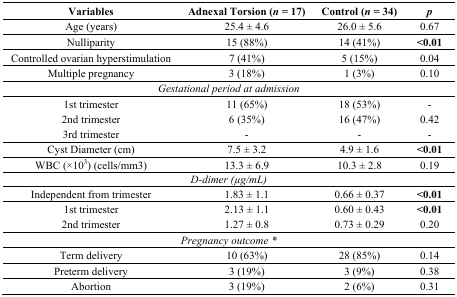
| Variables | Adnexal Torsion (n = 17) | Control (n = 34) | p |
 | --- | --- | --- | --- |
 | Age (years) | 25.4 ± 4.6 | 26.0 ± 5.6 | 0.67 |
 | Nulliparity | 15 (88%) | 14 (41%) | <0.01 |
 | Controlled ovarian hyperstimulation | 7 (41%) | 5 (15%) | 0.04 |
 | Multiple pregnancy | 3 (18%) | 1 (3%) | 0.10 |
 | <COLSPAN=4> Gestational period at admission |
 | 1st trimester | 11 (65%) | 18 (53%) | - |
 | 2nd trimester | 6 (35%) | 16 (47%) | 0.42 |
 | 3rd trimester | - | - | - |
 | Cyst Diameter (cm) | 7.5 ± 3.2 | 4.9 ± 1.6 | <0.01 |
 | WBC (×103) (cells/mm3) | 13.3 ± 6.9 | 10.3 ± 2.8 | 0.19 |
 | <COLSPAN=4> D-dimer (μg/mL) |
 | Independent from trimester | 1.83 ± 1.1 | 0.66 ± 0.37 | <0.01 |
 | 1st trimester | 2.13 ± 1.1 | 0.60 ± 0.43 | <0.01 |
 | 2nd trimester | 1.27 ± 0.8 | 0.73 ± 0.29 | 0.20 |
 | <COLSPAN=4> Pregnancy outcome * |
 | Term delivery | 10 (63%) | 28 (85%) | 0.14 |
 | Preterm delivery | 3 (19%) | 3 (9%) | 0.38 |
 | Abortion | 3 (19%) | 2 (6%) | 0.31 |